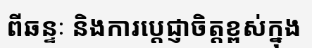
ពីឆន្ទៈ និងការប្តេជ្ញាចិត្តខ្ពស់ក្នុង